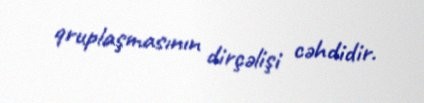
qruplaşmasının dirçəlişi cəhdidir.